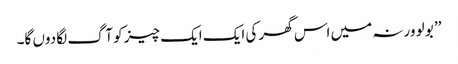
’’ بو لو ورنہ میں اس گھر کی ایک ایک چیز کو آگ لگا دوں گا۔